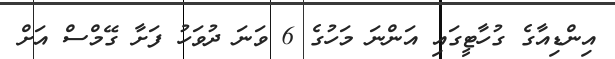
އިންޑިއާގެ ގުހާޓީގައި އަންނަ މަހުގެ 6 ވަނަ ދުވަހު ފަށާ ގޭމްސް އަށް